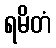
ရမိတံ